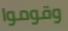
وقوموا